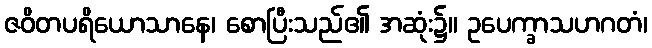
ဇဝိတပရိယောသာနေ၊ စောပြီးသည်၏ အဆုံး၌။ ဥပေက္ခာသဟဂတံ၊